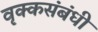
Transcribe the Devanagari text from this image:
वृक्कसंबंधी